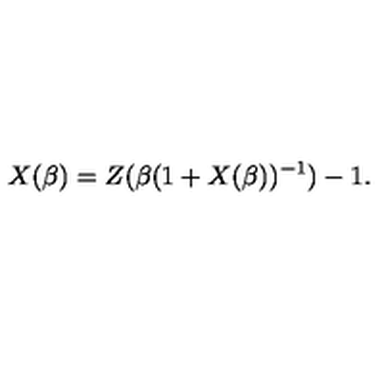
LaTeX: X ( \beta ) = Z ( \beta ( 1 + X ( \beta ) ) ^ { - 1 } ) - 1 .